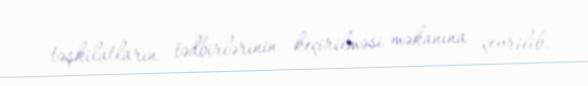
təşkilatların tədbirlərinin keçirilməsi məkanına çevrilib.